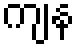
ကျန